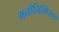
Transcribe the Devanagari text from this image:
मनोचिक्त्सिक